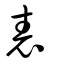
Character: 表